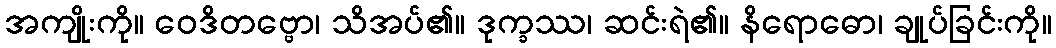
အကျိုးကို။ ဝေဒိတဗ္ဗော၊ သိအပ်၏။ ဒုက္ခဿ၊ ဆင်းရဲ၏။ နိရောဓော၊ ချုပ်ခြင်းကို။